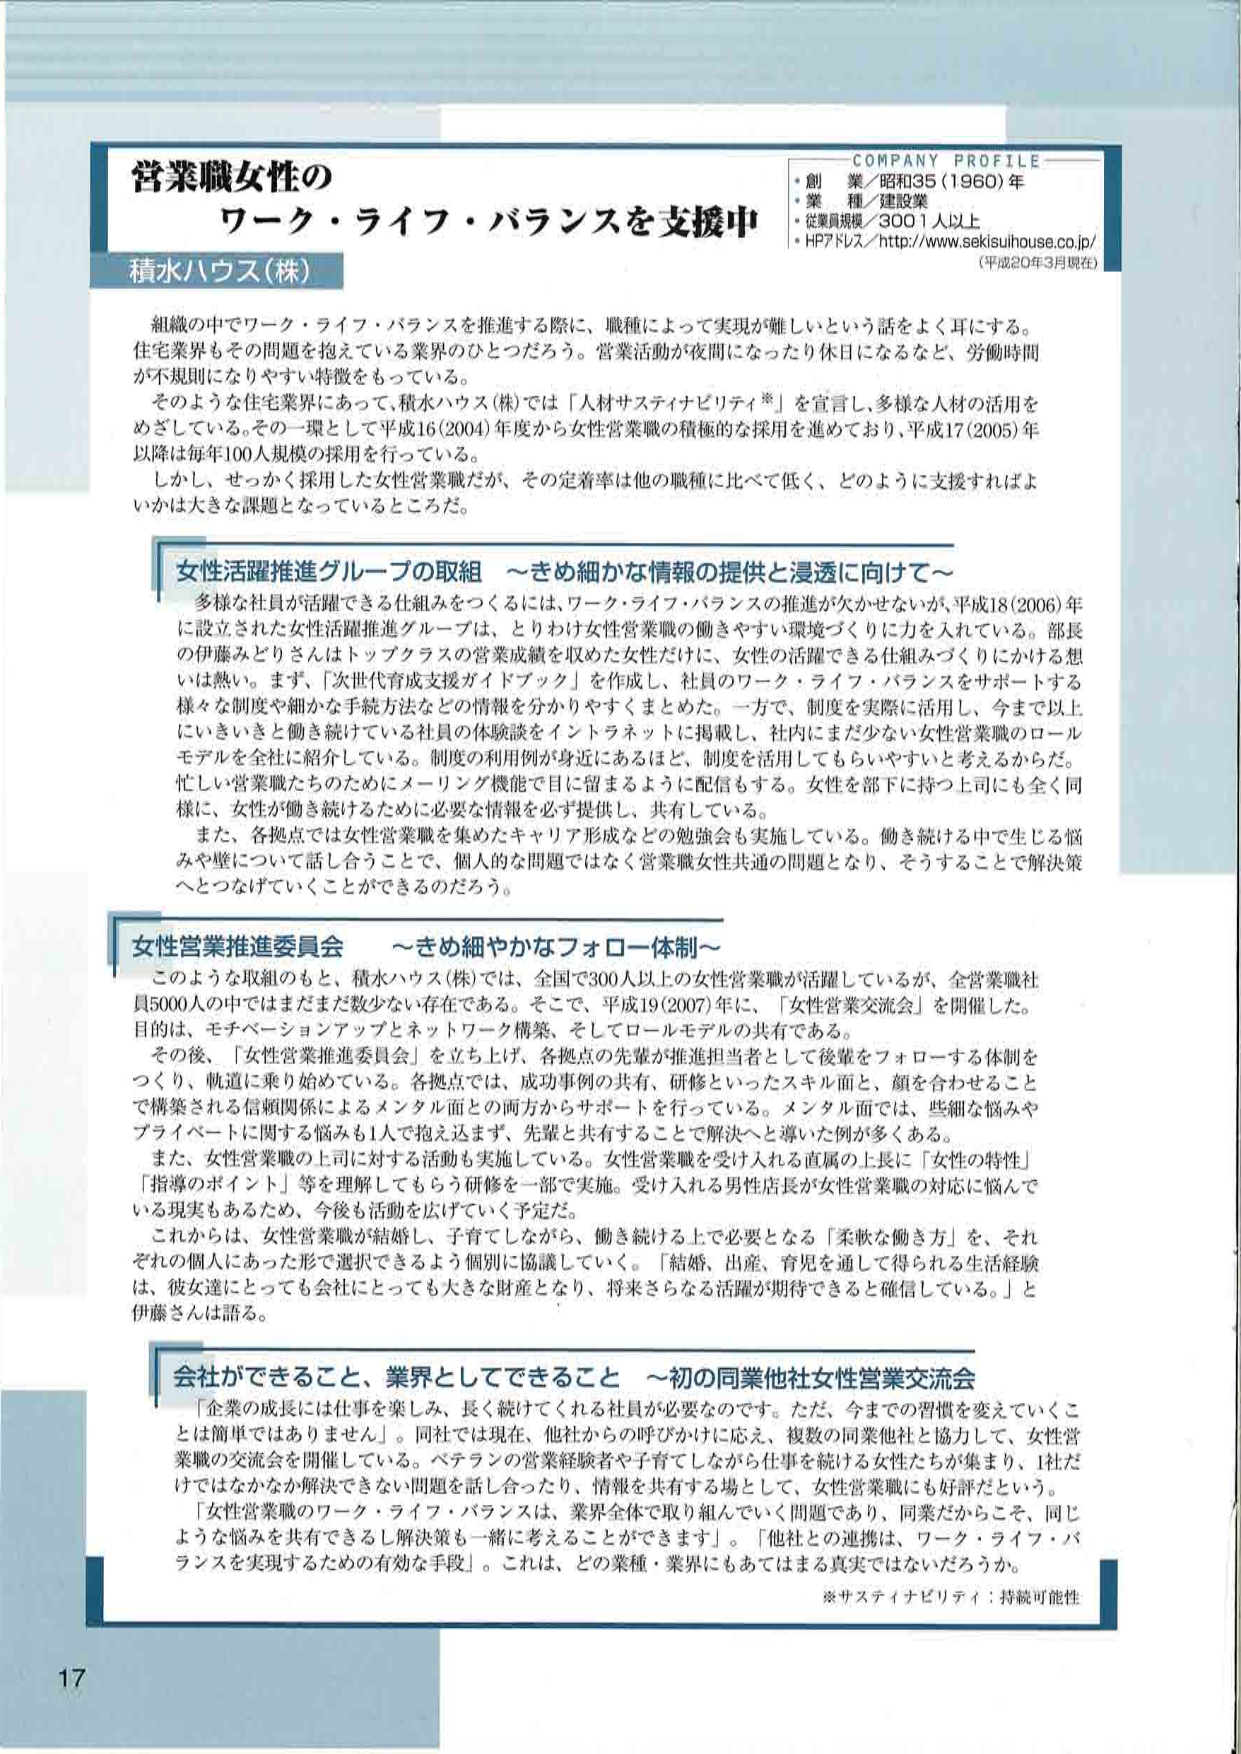
営業職女性の
ワーク・ライフ・バランスを支援中
積水ハウス(株)

COMPANY PROFILE
・創業／昭和35（1960）年
・業種／建設業
・従業員規模／3001人以上
・HPアドレス／http://www.sekisuihouse.co.jp/
（平成20年3月現在）

組織の中でワーク・ライフ・バランスを推進する際に、職種によって実現が難しいという話をよく耳にする。住宅業界もその問題を抱えている業界のひとつだろう。営業活動が夜間になったり休日になるなど、労働時間が不規則になりやすい特徴ももっている。

そのような住宅業界にあって、積水ハウス(株)では「人材サステイナビリティ※」を宣言し、多様な人材の活用をめざしている。その一環として平成16（2004）年度から女性営業職の積極的な採用を進めており、平成17（2005）年以降は毎年100人規模の採用を行っている。

しかし、せっかく採用した女性営業職だが、その定着率は他の職種に比べて低く、どのように支援すればよいかは大きな課題となっているところだ。

女性活躍推進グループの取組　～きめ細かな情報の提供と浸透に向けて～
多様な社員が活躍できる仕組みをつくるには、ワーク・ライフ・バランスの推進が欠かせないが、平成18（2006）年に設立された女性活躍推進グループは、とりわけ女性営業職の働きやすい環境づくりに力を入れている。部長の伊藤みどりさんはトップクラスの営業成績を収めた女性だけに、女性の活躍できる仕組みづくりにかける想いは熱い。まず、「次世代育成支援ガイドブック」を作成し、社員のワーク・ライフ・バランスをサポートする様々な制度や細かな手続方法などの情報を分かりやすくまとめた。一方で、制度を実際に活用し、今まで以上に働きをきさと働き続けている社員の体験談をイントラネットに掲載し、社内にまだ少ない女性営業職のロールモデルを全社に紹介している。制度の利用例が身近にあるほど、制度を活用してもらいやすいと考えるからだ。忙しい営業職たちのためにメーリング機能で目に留まるように配信もする。女性を部下に持つ上司にも全く同様に、女性が働き続けるために必要な情報を必ず提供し、共有している。

また、各拠点では女性営業職を集めたキャリア形成などの勉強会も実施している。働き続ける中で生じる悩みや壁について話し合うことで、個人的な問題ではなく営業職女性共通の問題となり、そうすることで解決策へとつなげていくことができるのだろう。

女性営業推進委員会　～きめ細やかなフォロー体制～
このような取組のもと、積水ハウス(株)では、全国で300人以上の女性営業職が活躍しているが、全営業職社員5000人の中ではまだまだ数少ない存在である。そこで、平成19（2007）年に、「女性営業交流会」を開催した。目的は、モチベーションアップとネットワーク構築、そしてロールモデルの共有である。

その後、「女性営業推進委員会」を立ち上げ、各拠点の先輩が推進担当者として後輩をフォローする体制をつくり、軌道に乗り始めている。各拠点では、成功事例の共有、研修といったスキル面と、顔を合わせることで構築される信頼関係によるメンタル面との両方からサポートを行っている。メンタル面では、些細な悩みやプライベートに関する悩みも1人で抱え込まず、先輩と共有することで解決へと導いた例が多くある。

また、女性営業職の上司に対する活動も実施している。女性営業職を受け入れる直属の上長に「女性の特性」「指導のポイント」等を理解してもらう研修を一部で実施。受け入れる男性店長が女性営業職の対応に悩んでいる現実もあるため、今後も活動を広げていく予定だ。

これからは、女性営業職が結婚し、子育てしながら、働き続ける上で必要となる「柔軟な働き方」を、それぞれの個人にあった形で選択できるよう個別に協議していく。「結婚、出産、育児を通して得られる生活経験は、彼女達にとっても会社にとっても大きな財産となり、将来さらなる活躍が期待できると確信している。」と伊藤さんは語る。

会社ができること、業界としてできること　～初の同業他社女性営業交流会～
「企業の成長には仕事を楽しみ、長く続けてくれる社員が必要なのです。ただ、今までの習慣を変えていくことは簡単ではありません」。同社では現在、他社からの呼びかけに応え、複数の同業他社と協力して、女性営業職の交流会を開催している。ベテランの営業経験者や子育てしながら仕事を続ける女性たちが集まり、1社だけではなかなか解決できない問題を話し合ったり、情報を共有する場として、女性営業職にも好評だという。

「女性営業職のワーク・ライフ・バランスは、業界全体で取り組んでいく問題であり、同業だからこそ、同じような悩みを共有できるし解決策も一緒に考えることができます」。「他社との連携は、ワーク・ライフ・バランスを実現するための有効な手段」。これは、どの業種・業界にもあてはまる真実ではないだろうか。

※サステイナビリティ：持続可能性

17